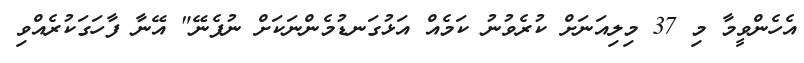
އެހެންވީމާ މި 37 މިލިއަނަށް ކުރެވުނު ކަމެއް އަޅުގަނޑުމެންނަކަށް ނުފެނޭ" އޭނާ ފާހަގަކުރެއްވި